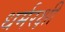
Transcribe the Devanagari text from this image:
धर्मरक्षी